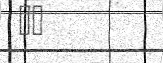
٧٦